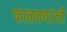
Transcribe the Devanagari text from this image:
फाळक्यांनी